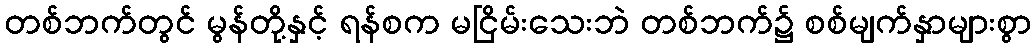
တစ်ဘက်တွင် မွန်တို့နှင့် ရန်စက မငြိမ်းသေးဘဲ တစ်ဘက်၌ စစ်မျက်နှာများစွာ